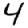
Digit: 4